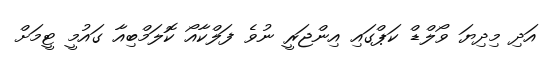
އަދި މިދިޔަ ވޯލްޑް ކަޕްގައި އިންޖަރީ ނުވެ ފަލްކާއޯ ކޮލަމްބިއާ ގައުމީ ޓީމަށް